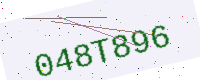
Text: 048T896